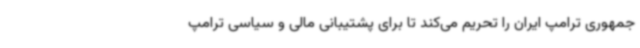
جمهوری ترامپ ایران را تحریم می‌کند تا برای پشتیبانی مالی و سیاسی ترامپ